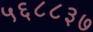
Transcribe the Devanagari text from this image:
५६८८३७